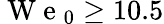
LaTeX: \mathrm{~W~e~}_{0}\ge 10.5